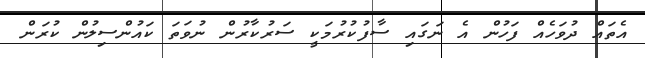
އެތައް ދުވަހެއް ފަހުން އެ ނަގައި ސާފުކުރުމަކީ ސަރުކާރުން ނުވަތަ ކައުންސިލުން ކުރަން